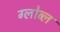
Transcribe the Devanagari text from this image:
ग्लोब्ल